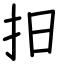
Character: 抇